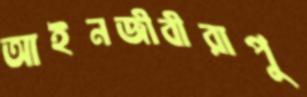
আইনজীবীরাপু